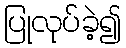
ပြုလုပ်ခဲ့၍